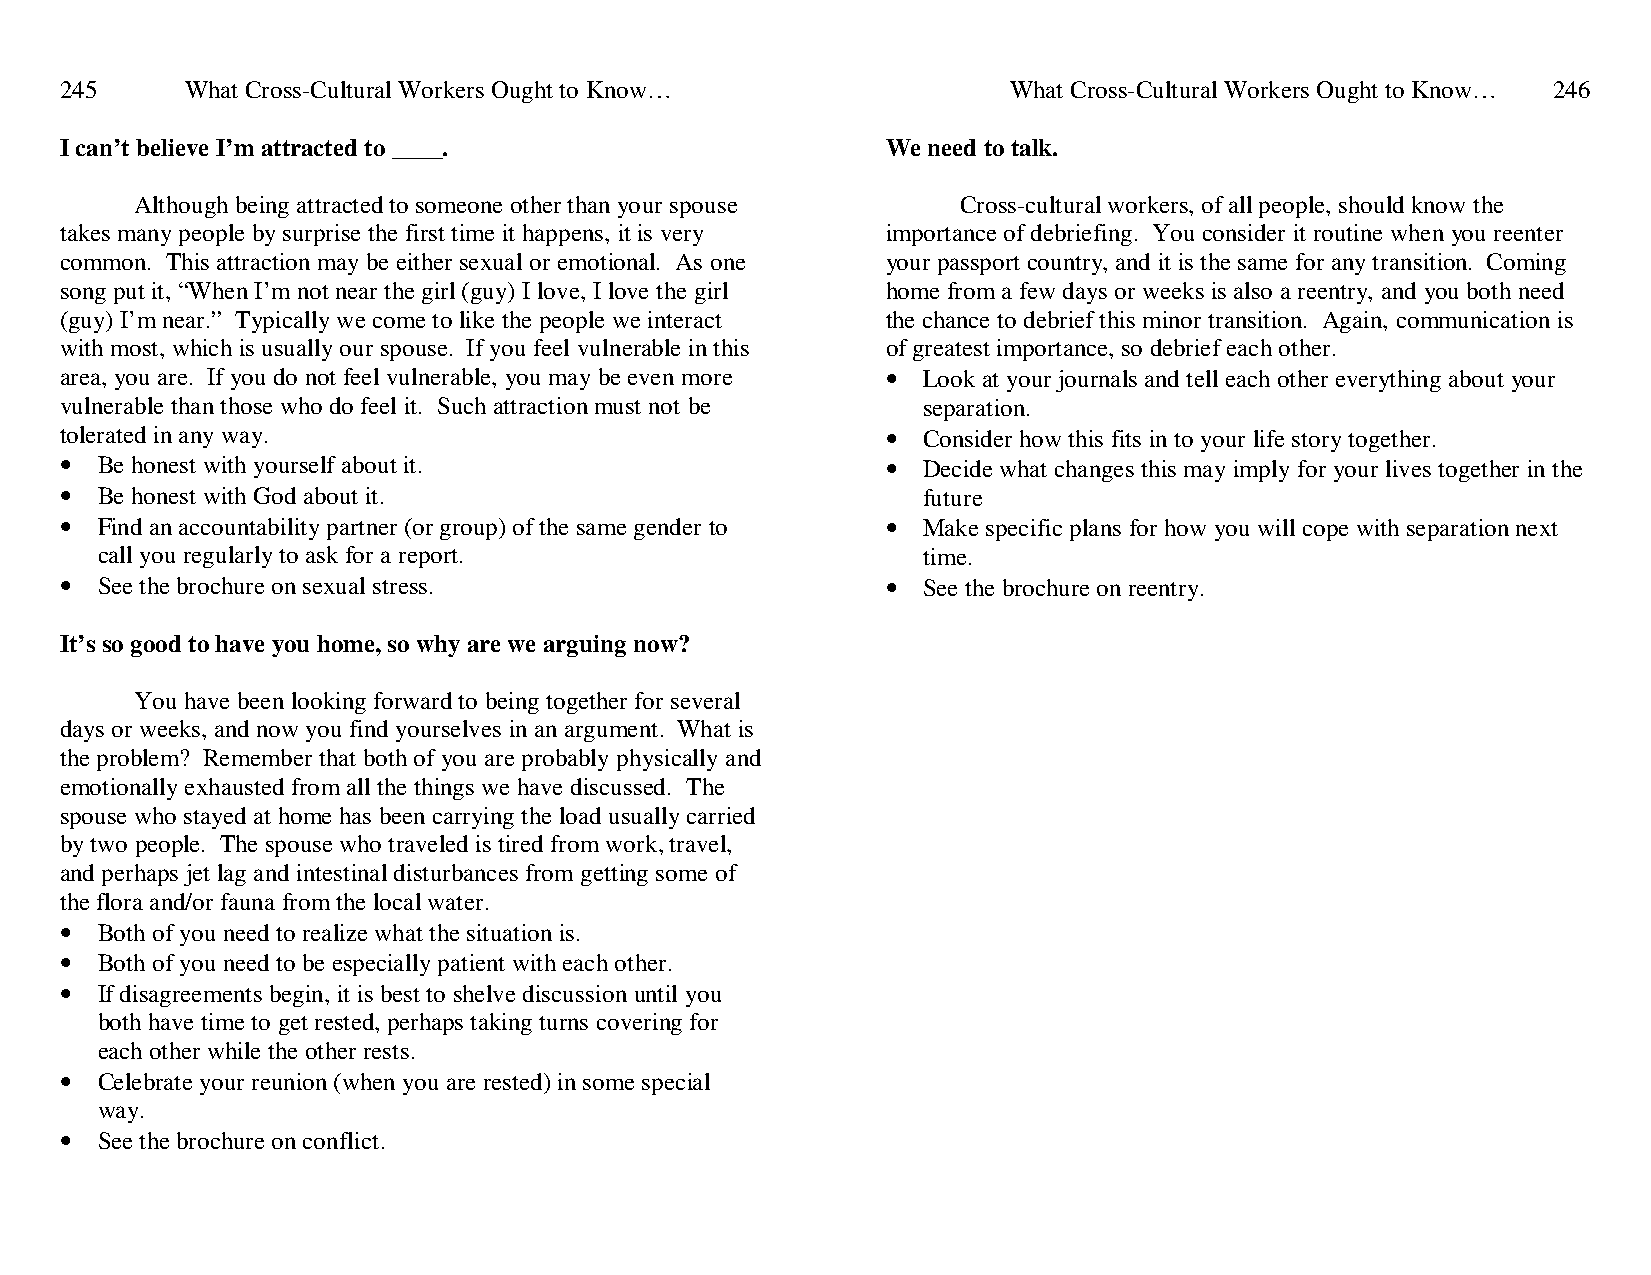
245     What Cross-Cultural Workers Ought to Know…             What Cross-Cultural Workers Ought to Know… 246
 I can’t believe I’m attracted to ____.                 We need to talk.
 Although being attracted to someone other than your spouse Cross-cultural workers, of all people, should know the
 takes many people by surprise the first time it happens, it is very importance of debriefing. You consider it routine when you reenter
 common. This attraction may be either sexual or emotional. As one your passport country, and it is the same for any transition. Coming
 song put it, “When I’m not near the girl (guy) I love, I love the girl home from a few days or weeks is also a reentry, and you both need
 (guy) I’m near.” Typically we come to like the people we interact the chance to debrief this minor transition. Again, communication is
 with most, which is usually our spouse. If you feel vulnerable in this of greatest importance, so debrief each other.
 area, you are. If you do not feel vulnerable, you may be even more • Look at your journals and tell each other everything about your
 vulnerable than those who do feel it. Such attraction must not be separation.
 tolerated in any way.                                  • Consider how this fits in to your life story together.
 • Be honest with yourself about it.                    • Decide what changes this may imply for your lives together in the
 • Be honest with God about it.                           future
 • Find an accountability partner (or group) of the same gender to • Make specific plans for how you will cope with separation next
 call you regularly to ask for a report.                time.
 • See the brochure on sexual stress.                   • See the brochure on reentry.
 It’s so good to have you home, so why are we arguing now?
 You have been looking forward to being together for several
 days or weeks, and now you find yourselves in an argument. What is
 the problem? Remember that both of you are probably physically and
 emotionally exhausted from all the things we have discussed. The
 spouse who stayed at home has been carrying the load usually carried
 by two people. The spouse who traveled is tired from work, travel,
 and perhaps jet lag and intestinal disturbances from getting some of
 the flora and/or fauna from the local water.
 • Both of you need to realize what the situation is.
 • Both of you need to be especially patient with each other.
 • If disagreements begin, it is best to shelve discussion until you
 both have time to get rested, perhaps taking turns covering for
 each other while the other rests.
 • Celebrate your reunion (when you are rested) in some special
 way.
 • See the brochure on conflict.